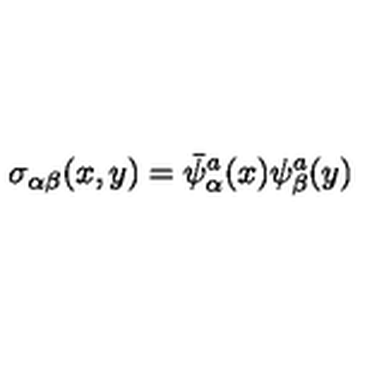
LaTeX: \sigma _ { \alpha \beta } ( x , y ) = \bar { \psi } _ { \alpha } ^ { a } ( x ) \psi _ { \beta } ^ { a } ( y )